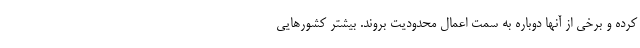
کرده و برخی از آنها دوباره به سمت اعمال محدودیت بروند. بیشتر کشورهایی